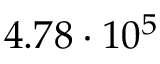
4 . 7 8 \cdot 1 0 ^ { 5 }